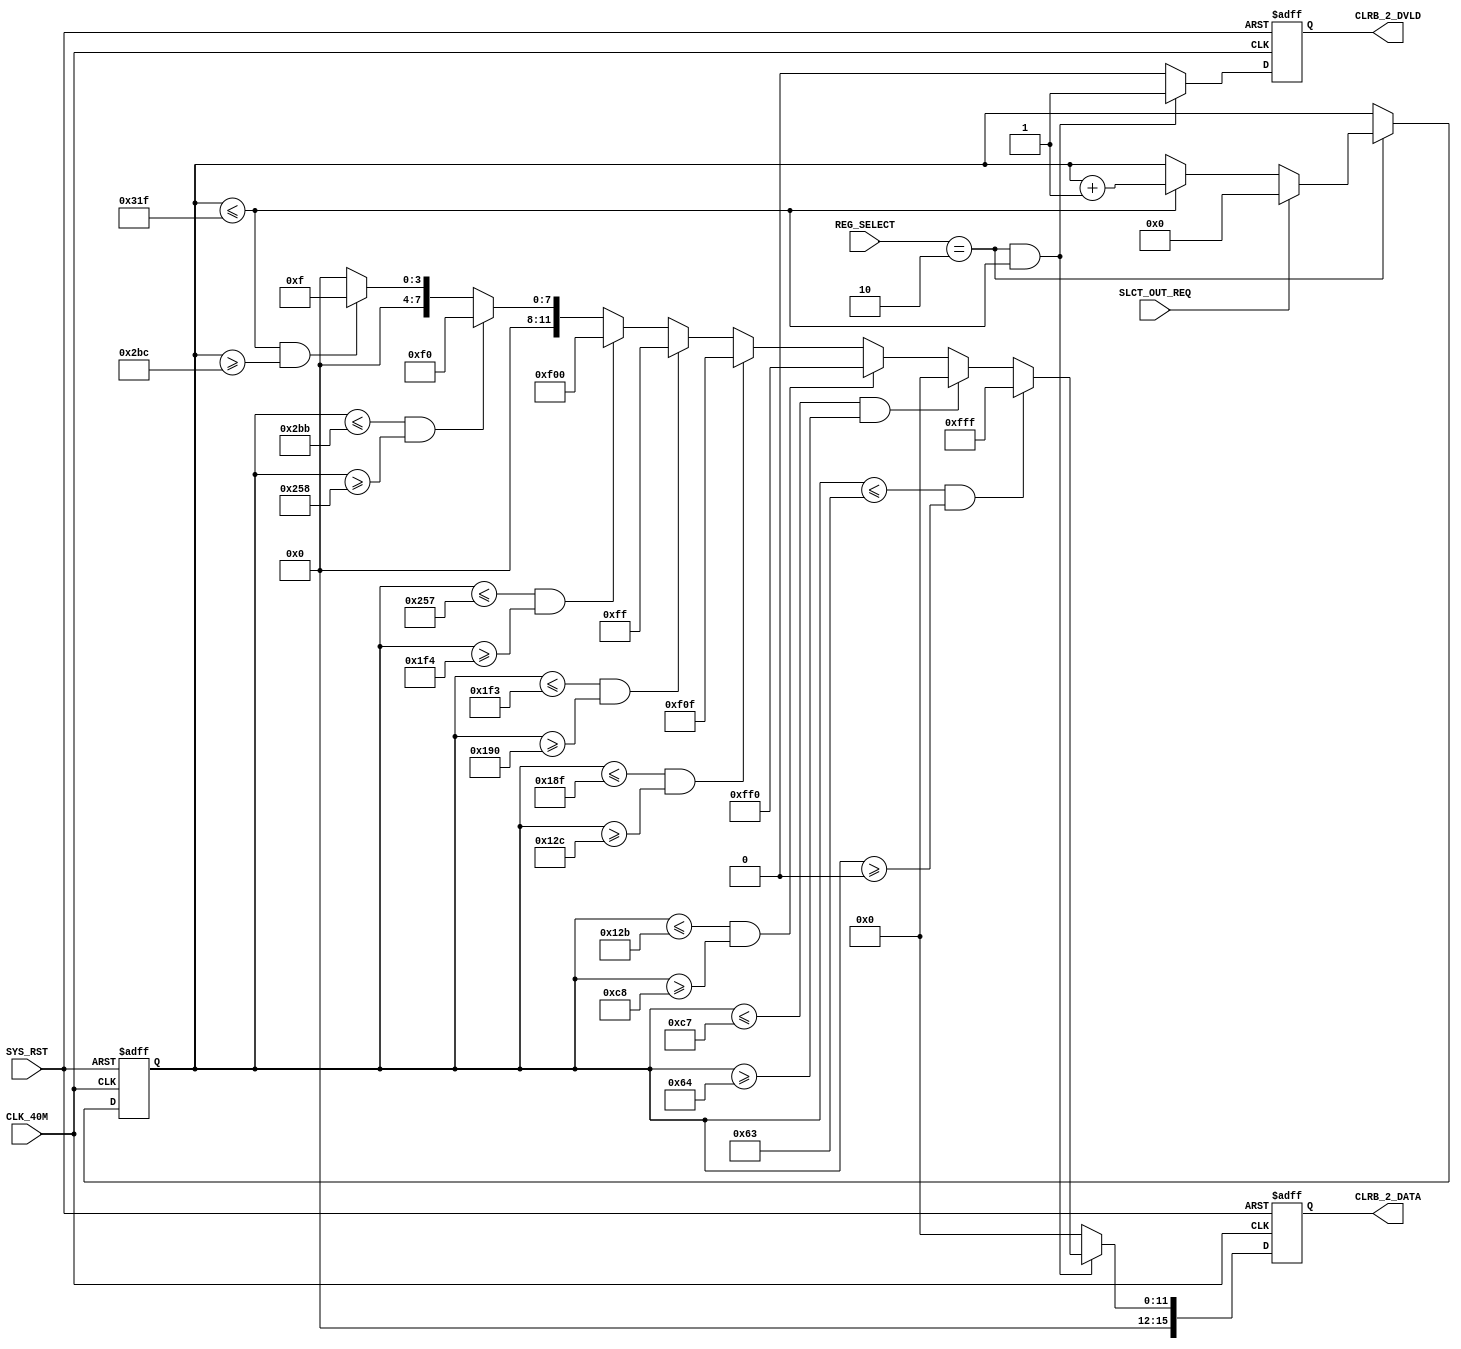
`timescale 1ns / 1ps

module COLORBAR_2 (
    // system signals
    input   wire                        CLK_40M                                 , // (i) clock 40MHz
    input   wire                        SYS_RST                                 , // (i) system reset (high-active)

    input   wire                        SLCT_OUT_REQ                            , // 
    
    input   wire[1:0]                   REG_SELECT                              ,

    output  wire                        CLRB_2_DVLD                             , // (o)
    output  wire[15:0]                  CLRB_2_DATA                               //
    );

    parameter                           P_LINE                    = 10'd800     ;
    parameter                           P_ROW                     = 10'd600     ;

    reg         [9:0]                   r_x_cnt                                 ;
    reg         [9:0]                   r_y_cnt                                 ;
    reg                                 r_dvld                                  ;
    reg         [15:0]                  r_data                                  ;

    // x counter
    always @(posedge CLK_40M or posedge SYS_RST) begin
        if (SYS_RST) begin
            // reset
            r_x_cnt <= P_LINE;
        end else begin
            if (REG_SELECT == 2'b10) begin
                if (SLCT_OUT_REQ) begin
                    r_x_cnt <= 10'd0;
                end else if (r_x_cnt <= P_LINE - 1) begin
                    r_x_cnt <= r_x_cnt + 10'd1;
                end
            end
        end
    end

    // y counter
    always @(posedge CLK_40M or posedge SYS_RST) begin
        if (SYS_RST) begin
            // reset
            r_y_cnt <= 10'd0;
        end else begin
            if (REG_SELECT == 2'b10 && r_x_cnt == P_LINE - 1) begin
                if (r_y_cnt == P_ROW - 1) begin
                    r_y_cnt <= 10'd0;
                end else begin
                    r_y_cnt <= r_y_cnt + 10'd1;
                end
            end
        end
    end

    // line data generate
    always @(posedge CLK_40M or posedge SYS_RST) begin
        if (SYS_RST) begin
            // reset
            r_dvld <= 1'b0;
            r_data <= 16'h0000;
        end else begin
            if (REG_SELECT == 2'b10 && r_x_cnt <= P_LINE - 1) begin
                r_dvld <= 1'b1;
                if (r_x_cnt <= 10'd99 && r_x_cnt >= 10'd0) begin
                    r_data <= 16'h0FFF;
                end else if (r_x_cnt <= 10'd199 && r_x_cnt >= 10'd100) begin
                    r_data <= 16'h0000;
                end else if (r_x_cnt <= 10'd299 && r_x_cnt >= 10'd200) begin
                    r_data <= 16'h0FF0;
                end else if (r_x_cnt <= 10'd399 && r_x_cnt >= 10'd300) begin
                    r_data <= 16'h0F0F;
                end else if (r_x_cnt <= 10'd499 && r_x_cnt >= 10'd400) begin
                    r_data <= 16'h00FF;
                end else if (r_x_cnt <= 10'd599 && r_x_cnt >= 10'd500) begin
                    r_data <= 16'h0F00;
                end else if (r_x_cnt <= 10'd699 && r_x_cnt >= 10'd600) begin
                    r_data <= 16'h00F0;
                end else if (r_x_cnt <= 10'd799 && r_x_cnt >= 10'd700) begin
                    r_data <= 16'h000F;
                end else begin
                    r_data <= 16'h0000;
                end
            end else begin
                r_dvld <= 1'b0;
                r_data <= 16'h0000;
            end
        end
    end

    assign CLRB_2_DVLD = r_dvld;
    assign CLRB_2_DATA = r_data;

endmodule